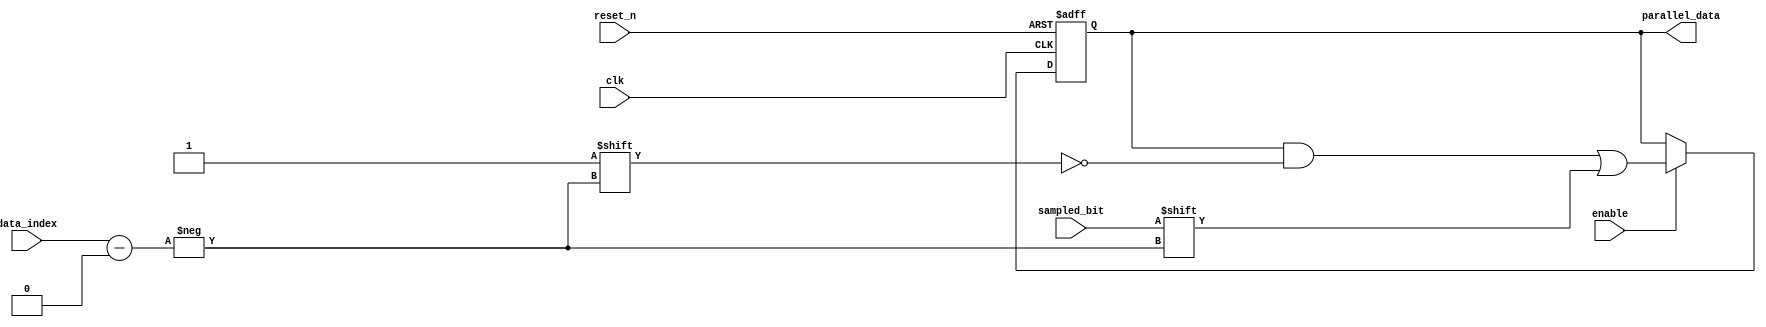
module deserializer #(parameter DATA_WIDTH = 8) (
	input clk,    // Clock
	input enable,
	input reset_n,  // Asynchronous reset active low
	input [$clog2(DATA_WIDTH)-1:0] data_index,
	input sampled_bit,

	output reg [DATA_WIDTH-1:0] parallel_data
);

	always @(posedge clk or negedge reset_n) begin
		if(~reset_n) begin
			parallel_data <= 0;
		end else if(enable) begin
			parallel_data[data_index] <= sampled_bit;
		end
	end

endmodule